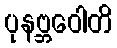
ပုနဗ္ဘဝေါတိ